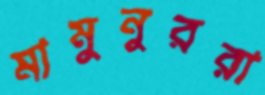
মামুনুররা